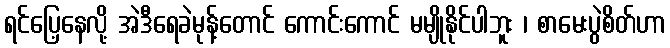
ရင်ပြေ့နေလို့ အဲဒီရေခဲမုန့်တောင် ကောင်းကောင် မမျိုနိုင်ပါဘူး ၊ စာမေးပွဲစိတ်ဟာ